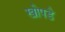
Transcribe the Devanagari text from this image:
खोपडे